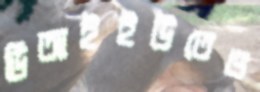
ডিআইইউতেও